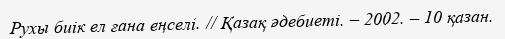
Рухы биік ел ғана еңселі. // Қазақ әдебиеті. – 2002. – 10 қазан.